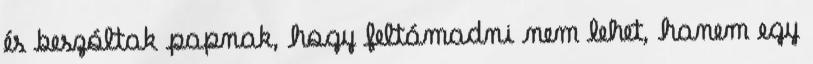
és beszóltak papnak, hogy feltámadni nem lehet, hanem egy